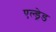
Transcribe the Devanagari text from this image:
एल्ड्रेड